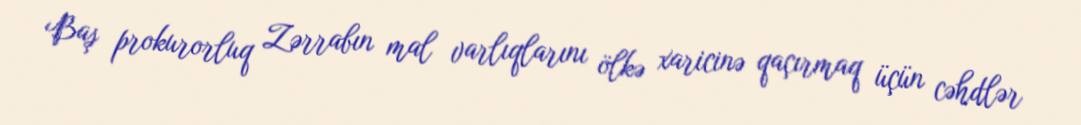
Baş prokurorluq Zərrabın mal varlıqlarını ölkə xaricinə qaçırmaq üçün cəhdlər